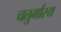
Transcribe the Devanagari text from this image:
चतुर्मास्य